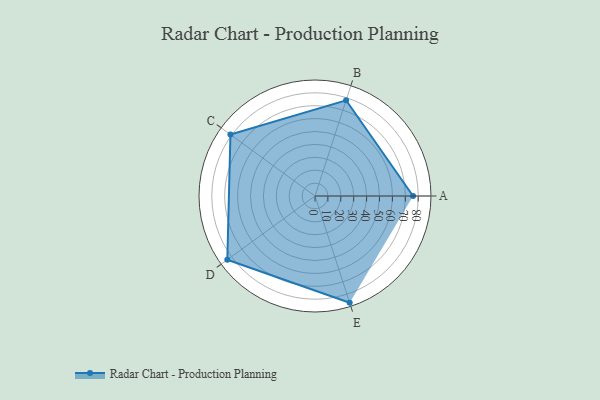
{"axis": {"x": "Skill", "y": "Score"}, "legend": ["Profile"], "data": [{"x": "A", "y": 76.0, "type": "Profile"}, {"x": "B", "y": 78.0, "type": "Profile"}, {"x": "C", "y": 81.0, "type": "Profile"}, {"x": "D", "y": 84.0, "type": "Profile"}, {"x": "E", "y": 87.0, "type": "Profile"}]}